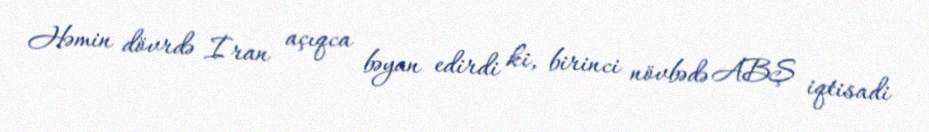
Həmin dövrdə İran açıqca bəyan edirdi ki, birinci növbədə ABŞ iqtisadi